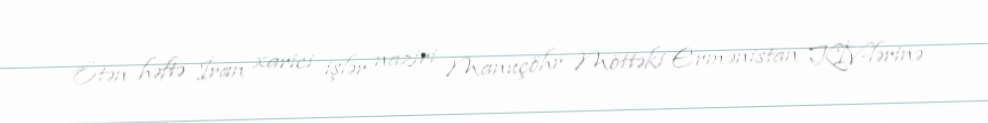
Ötən həftə İran xarici işlər naziri Manuçöhr Möttəki Ermənistan KİV-lərinə